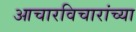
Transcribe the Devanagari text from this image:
आचारविचारांच्या